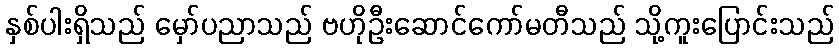
နှစ်ပါးရှိသည် မှော်ပညာသည် ဗဟိုဦးဆောင်ကော်မတီသည် သို့ကူးပြောင်းသည်